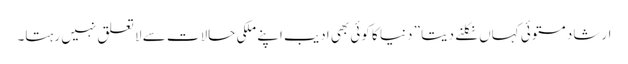
ارشاد مستوئی کہاں نکلنے دیتا ” دنیا کا کوئی بھی ادیب اپنے ملکی حالات سے لا تعلق نہیں رہتا۔